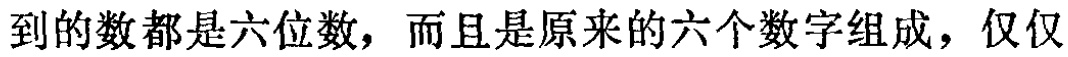
到的数都是六位数，而且是原来的六个数字组成，仅仅